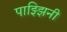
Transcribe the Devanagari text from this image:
पाझ्झिनी